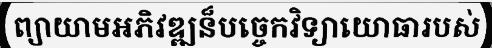
ព្យាយាមអភិវឌ្ឍន៏បច្ចេកវិទ្យាយោធារបស់